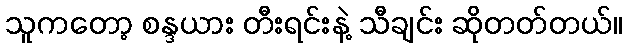
သူကတော့ စန္ဒယား တီးရင်းနဲ့ သီချင်း ဆိုတတ်တယ်။